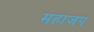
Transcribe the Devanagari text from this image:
महाजप